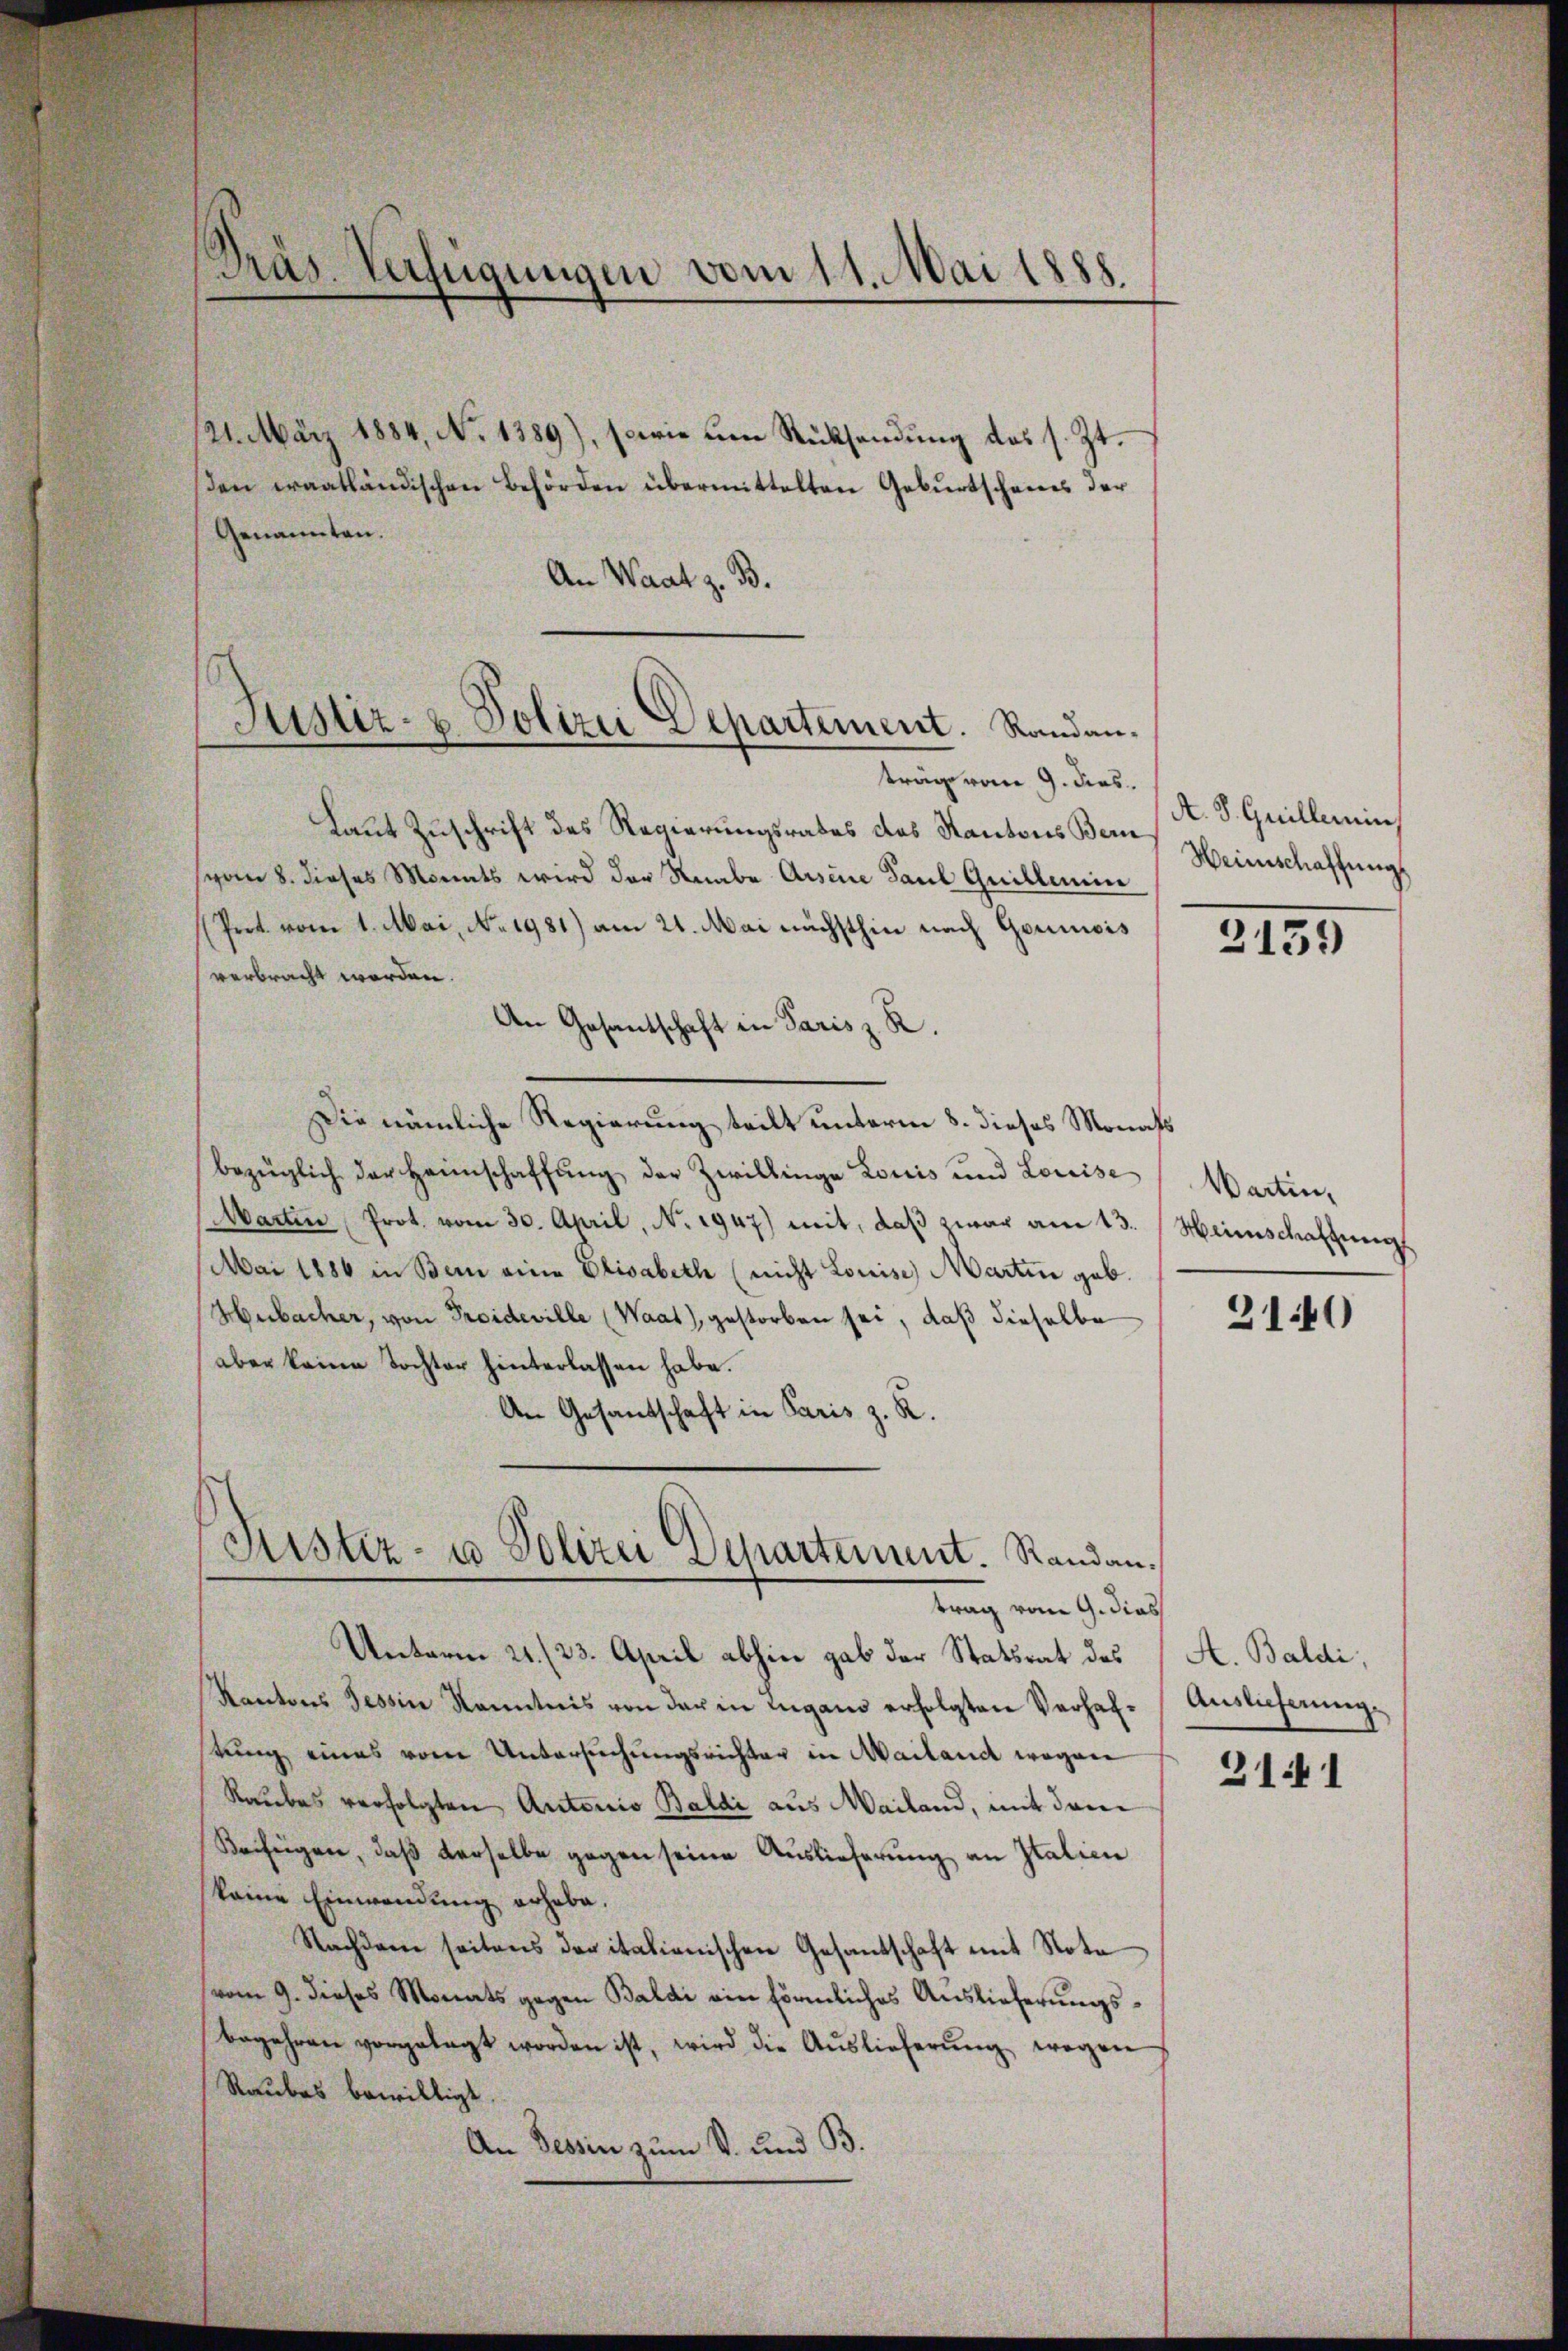
Präs. Verfügungen vom 11. Mai 1888.

121. März 1884, No 1389), sowie um Rücksendung des s. Zt.
den craatländischen Behörden übermittelten Geburtscheines der
Genannten.
An Waat z. B.
Laut Zuschrift des Regierungsrates des Kantons Bern
vom 8. dieses Monats wird der Knabe Ansine Paul Guillemen
Pret vom 1. Mai, No. 1981) am 21. Mai nächsthin nach Goumois
verbracht worden.
An Gesantschaft in Paris z. R.
Die nämliche Regierung teilt unterm 8. dieses Monats
bezüglich der Heimschaffŭng der Zwillinge Louis und Louise
Martin Prot. vom 30. April, No. 1947) mit, daß zwar am 13.
Mai 1886 in Bern eine Elisabeth (nicht Louise, Martin gab.
Hubacher, von Proideville (Waat), gestorben sei, daß dieselbe
aber keine Tochter hinterlassen habe.
An Gesandschaft in Paris z. R.
Justiz- u Polizei Departement. Randantrag vom 9. dies
Unterm 21. (23. April abhin gab der Statsrat des
Kantons Tessin Kenntnis von der in Lugano erfolgten Verhafstung eines vom Untersuchungsrichter in Mailand wegen
Raubes verfolgten Antonio Baldi aus Mailand, mit dem
Beifügen, daß derselbe gegen seine Auslieferung an Italien
keine Einwendung erhabe.
Nachdem seitens der italienischen Gesantschaft mit Note
vom 9. dieses Monats gegen Baldi ein förmliches Auslieferungsbegehren vorgelegt worden ist, wird die Aŭslieferŭng wegen
Raubes bewilligt.
An Tessin zum S. und B.

Justiz- & Polizei Departement. Randanträge vom 9. dies

A. S. Guillerin
Weinschaffung,

2159

Wartin,
Heimschaffung

310

A. Baldi,
Auslieferung.

31441